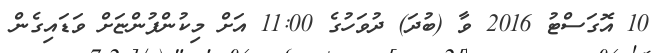
10 އޮގަސްޓު 2016 ވާ (ބުދަ) ދުވަހުގެ 11:00 އަށް މިކުންފުންޏަށް ވަޑައިގެން